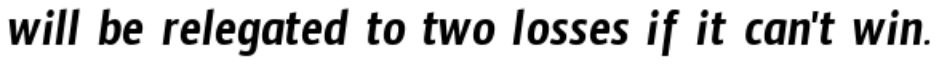
will be relegated to two losses if it can't win.